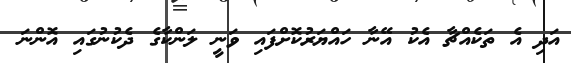
އަދި އެ ތަކެއްޗާ އެކު އޭނާ ހައްޔަރުކޮށްފައި ވަނީ ލަންކާގެ ދެކުނުގައި އޮންނަ